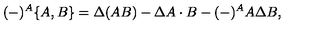
( - ) ^ { A } \{ A , B \} = \Delta \! \left( A B \right) - \Delta A \cdot B - ( - ) ^ { A } A \Delta B ,